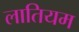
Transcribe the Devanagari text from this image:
लातियम